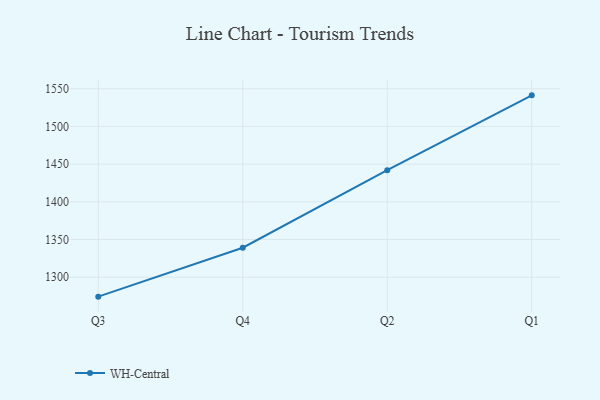
{"axis": {"x": "Quarter", "y": "Website Visitors"}, "legend": ["WH-Central"], "data": [{"x": "Q3", "y": 1274.2, "type": "WH-Central"}, {"x": "Q4", "y": 1339.1, "type": "WH-Central"}, {"x": "Q2", "y": 1442.0, "type": "WH-Central"}, {"x": "Q1", "y": 1541.3, "type": "WH-Central"}]}